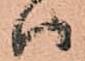
ハ